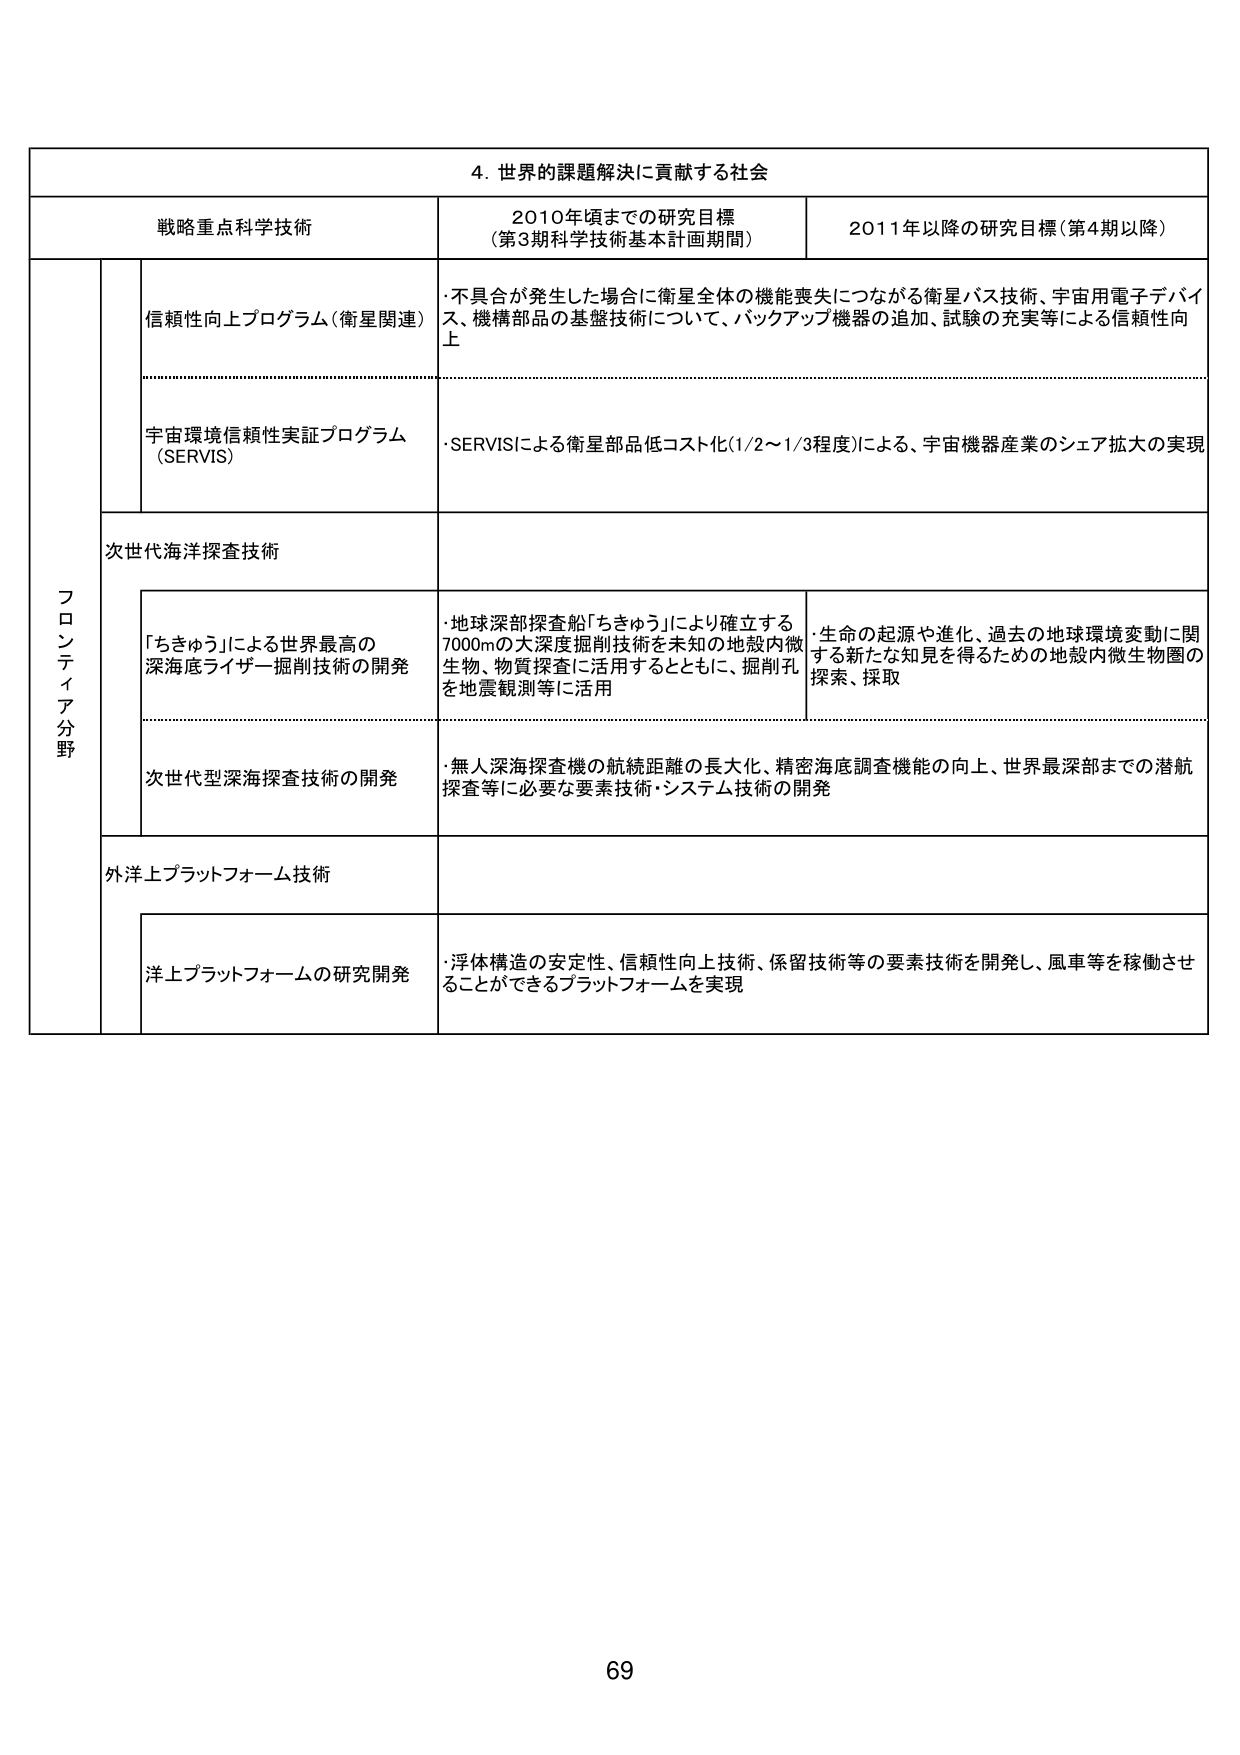
4. 世界的課題解決に貢献する社会

戦略重点科学技術 2010年頃までの研究目標 （第3期科学技術基本計画期間） 2011年以降の研究目標（第4期以降）

フロンティア分野

信頼性向上プログラム（衛星関連） ・不具合が発生した場合に衛星全体の機能喪失につながる衛星バス技術、宇宙用電子デバイス、機構部品の基盤技術について、バックアップ機器の追加、試験の充実等による信頼性向上

宇宙環境信頼性実証プログラム （SERVIS） ・SERVISによる衛星部品低コスト化（1/2～1/3程度）による、宇宙機器産業のシェア拡大の実現

次世代海洋探査技術

「ちきゅう」による世界最高の深海底ライザー掘削技術の開発 ・地球深部探査船「ちきゅう」により確立する7000mの大深度掘削技術を未知の地殻内微生物、物質探査に活用するとともに、掘削孔を地震観測等に活用 ・生命の起源や進化、過去の地球環境変動に関する新たな知見を得るための地殻内微生物圏の探索、採取

次世代型深海探査技術の開発 ・無人深海探査機の航続距離の長大化、精密海底調査機能の向上、世界最深部までの潜航探査等に必要な要素技術・システム技術の開発

外洋上プラットフォーム技術

洋上プラットフォームの研究開発 ・浮体構造の安定性、信頼性向上技術、係留技術等の要素技術を開発し、風車等を稼働させることができるプラットフォームを実現

69